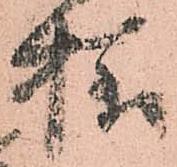
様